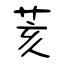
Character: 荄